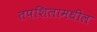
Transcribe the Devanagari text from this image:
तपशिलामधील